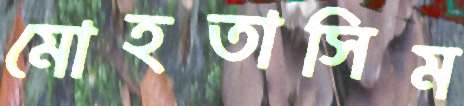
মোহতাসিম